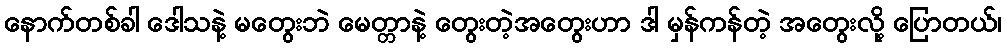
နောက်တစ်ခါ ဒေါသနဲ့ မတွေးဘဲ မေတ္တာနဲ့ တွေးတဲ့အတွေးဟာ ဒါ မှန်ကန်တဲ့ အတွေးလို့ ပြောတယ်၊